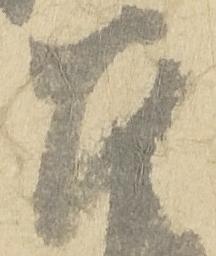
召